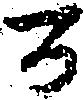
百